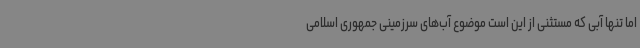
اما تنها آبی که مستثنی از این است موضوع آب‌های سرزمینی جمهوری اسلامی